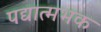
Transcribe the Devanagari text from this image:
पद्यात्मभक